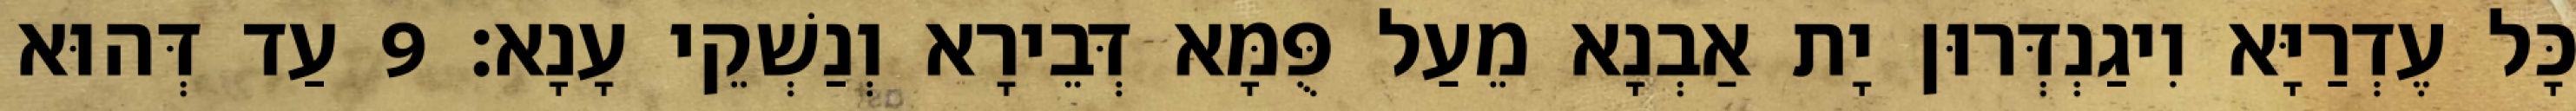
כָּל עֶדְרַיָּא וִיגַנְדְּרוּן יָת אַבְנָא מֵעַל פֻּמָּא דְּבֵירָא וְנַשְׁקֵי עָנָא׃ 9 עַד דְּהוּא